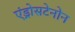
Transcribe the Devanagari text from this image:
एंड्रोसटेनोन